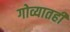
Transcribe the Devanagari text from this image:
गोव्यातही